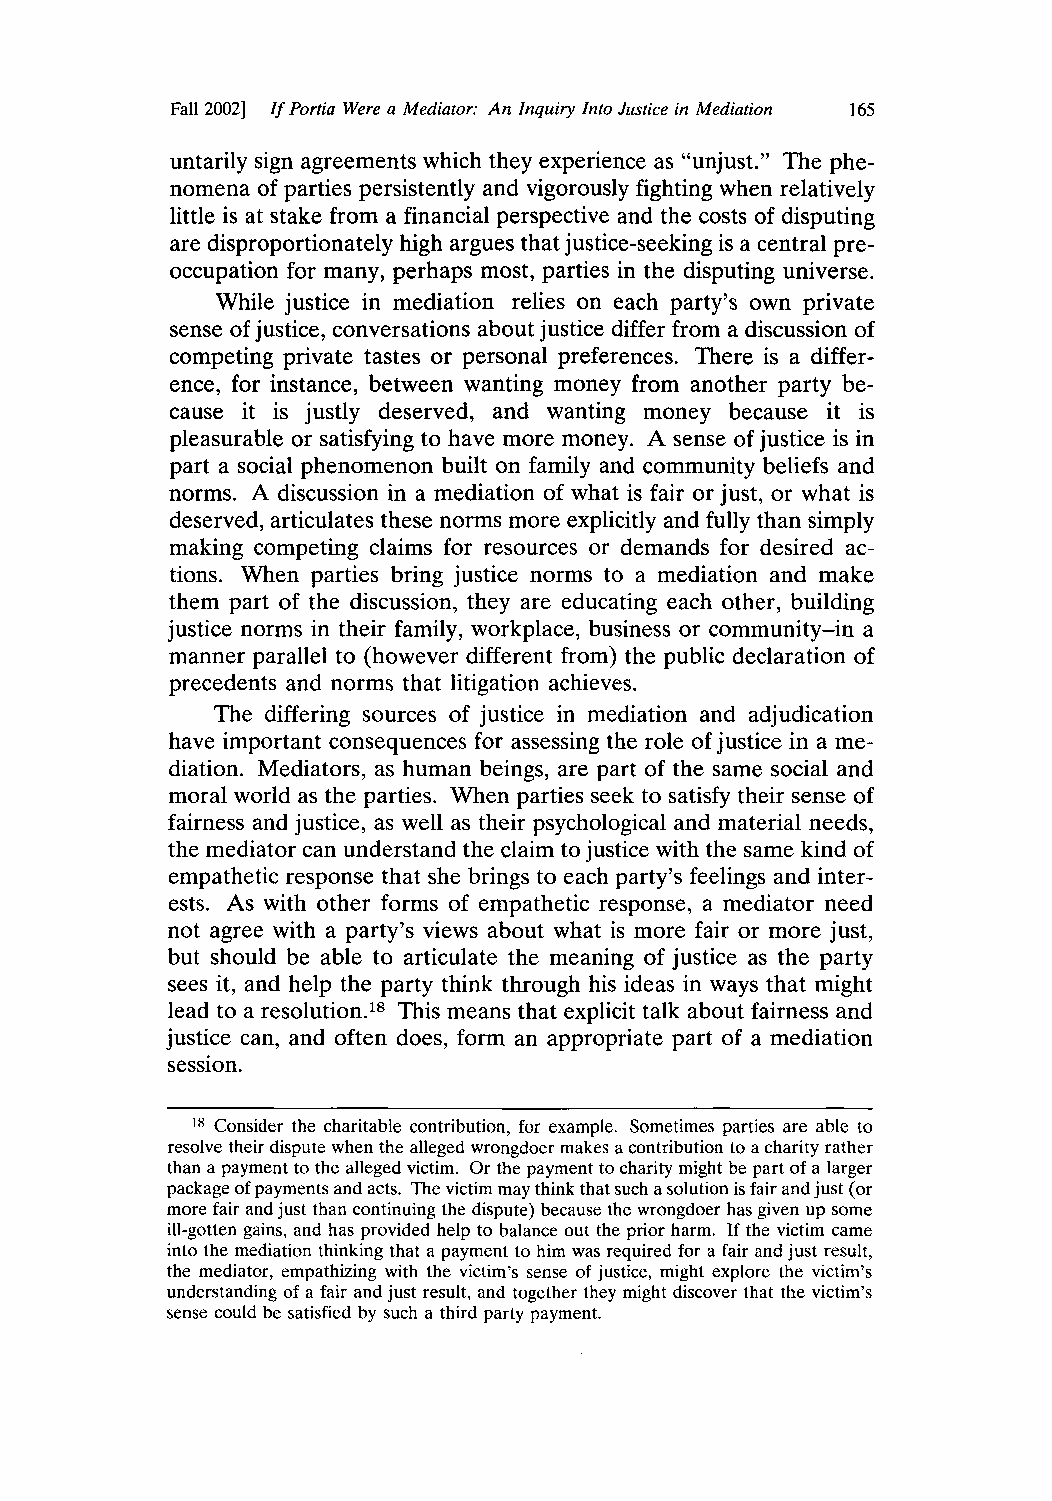
Fall 2002] If Portia Were a Mediator: An Inquiry Into Justice in Mediation 165
 untarily sign agreements which they experience as "unjust." The phe-
 nomena of parties persistently and vigorously fighting when relatively
 little is at stake from a financial perspective and the costs of disputing
 are disproportionately high argues that justice-seeking is a central pre-
 occupation for many, perhaps most, parties in the disputing universe.
 While justice in mediation relies on each party's own private
 sense of justice, conversations about justice differ from a discussion of
 competing private tastes or personal preferences. There is a differ-
 ence, for instance, between wanting money from another party be-
 cause it is justly deserved, and wanting money because it is
 pleasurable or satisfying to have more money. A sense of justice is in
 part a social phenomenon built on family and community beliefs and
 norms. A discussion in a mediation of what is fair or just, or what is
 deserved, articulates these norms more explicitly and fully than simply
 making competing claims for resources or demands for desired ac-
 tions. When parties bring justice norms to a mediation and make
 them part of the discussion, they are educating each other, building
 justice norms in their family, workplace, business or community-in a
 manner parallel to (however different from) the public declaration of
 precedents and norms that litigation achieves.
 The differing sources of justice in mediation and adjudication
 have important consequences for assessing the role of justice in a me-
 diation. Mediators, as human beings, are part of the same social and
 moral world as the parties. When parties seek to satisfy their sense of
 fairness and justice, as well as their psychological and material needs,
 the mediator can understand the claim to justice with the same kind of
 empathetic response that she brings to each party's feelings and inter-
 ests. As with other forms of empathetic response, a mediator need
 not agree with a party's views about what is more fair or more just,
 but should be able to articulate the meaning of justice as the party
 sees it, and help the party think through his ideas in ways that might
 lead to a resolution.18 This means that explicit talk about fairness and
 justice can, and often does, form an appropriate part of a mediation
 session.
 18 Consider the charitable contribution, for example. Sometimes parties are able to
 resolve their dispute when the alleged wrongdoer makes a contribution to a charity rather
 than a payment to the alleged victim. Or the payment to charity might be part of a larger
 package of payments and acts. The victim may think that such a solution is fair and just (or
 more fair and just than continuing the dispute) because the wrongdoer has given up some
 ill-gotten gains, and has provided help to balance out the prior harm. If the victim came
 into the mediation thinking that a payment to him was required for a fair and just result,
 the mediator, empathizing with the victim's sense of justice, might explore the victim's
 understanding of a fair and just result, and together they might discover that the victim's
 sense could be satisfied by such a third party payment.